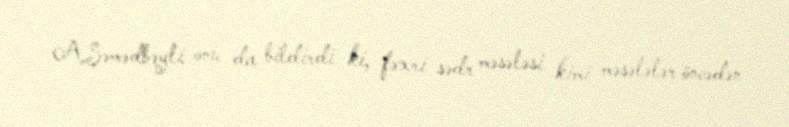
A.Səmədbəyli onu da bildirdi ki, fəxri sədr məsələsi kimi məsələlər öncədən